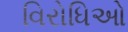
વિરોધિઓ